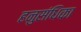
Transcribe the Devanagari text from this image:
हनुसंधिका